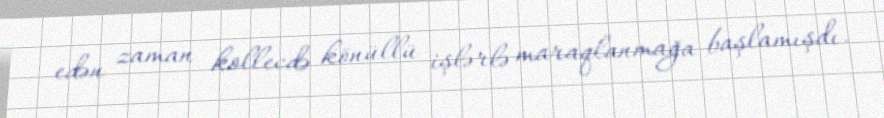
edən zaman kollecdə könüllü işlərlə maraqlanmağa başlamışdı.